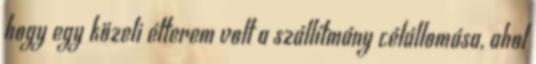
hogy egy közeli étterem volt a szállítmány célállomása, ahol